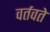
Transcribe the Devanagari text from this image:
वर्तवते